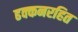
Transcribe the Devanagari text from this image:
ढक्कनरहित